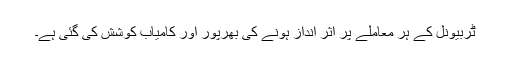
ٹربیونل کے ہر معاملے پر اثر انداز ہونے کی بھرپور اور کامیاب کوشش کی گئی ہے۔